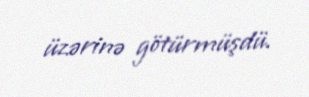
üzərinə götürmüşdü.